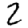
Digit: 2